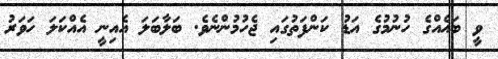
ވީ ބައެއްގެ ހުނުމުގެ އަޑު ކަންފަތުގައި ޖެހުމުންނެވެ. ބަލާބަލަ އެއިނީ އެއްކަލަ ހަވަރު